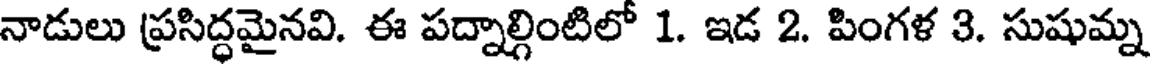
నాడులు ప్రసిద్ధమైనవి. ఈ పద్నాల్గింటిలో 1. ఇడ 2. పింగళ 3. సుషుమ్న